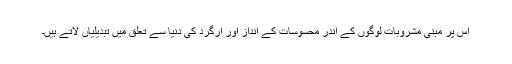
اس پر مبنی مشروبات لوگوں کے اندر محسوسات کے انداز اور ارگرد کی دنیا سے تعلق میں تبدیلیاں لاتے ہیں۔